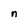
Character: n